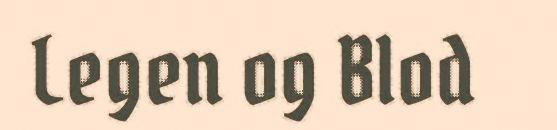
Legen og Blod